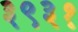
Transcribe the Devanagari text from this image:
३९३१